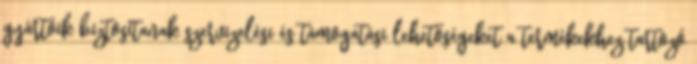
gyártóik biztosítanak szervizelési és támogatási lehetőségeket a termékekhez tartozó